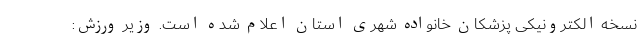
نسخه الکترونیکی پزشکان خانواده شهری استان اعلام شده است. وزیر ورزش: